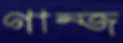
গান্জ